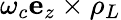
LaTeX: \omega_{c}\mathbf{e}_{z}\times\mathbf{\rho}_{L}